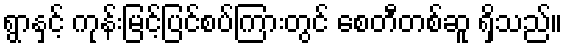
ရွာနှင့် ကုန်းမြင့်ပြင်စပ်ကြားတွင် စေတီတစ်ဆူ ရှိသည်။